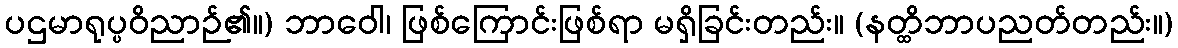
ပဌမာရုပ္ပဝိညာဉ်၏။) ဘာဝေါ၊ ဖြစ်ကြောင်းဖြစ်ရာ မရှိခြင်းတည်း။ (နတ္ထိဘာပညတ်တည်း။)